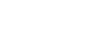
ထေရာပိ